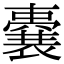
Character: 嚢